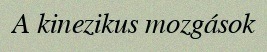
A kinezikus mozgások